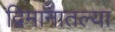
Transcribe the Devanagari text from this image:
द्विमानातल्या